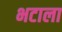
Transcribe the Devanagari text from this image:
भटाला